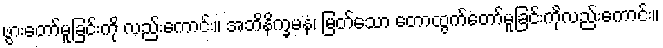
ဖွားတော်မူခြင်းကို လည်းကောင်း။ အဘိနိက္ခမနံ၊ မြတ်သော တောထွက်တော်မူခြင်းကိုလည်းကောင်း။